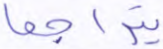
يتراجعا